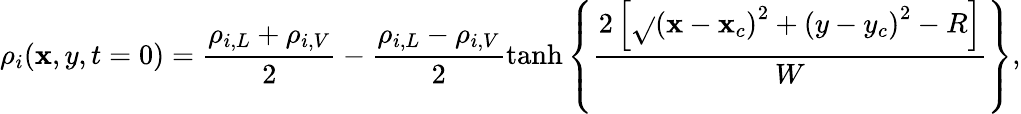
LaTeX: \rho_{i}(\mathbf{x},y,t=0)=\frac{{\rho_{i,L}+\rho_{i,V}}}{{2}}-\frac{{\rho_{i,L}-\rho_{i,V}}}{{2}}\operatorname{tanh}{\left\{ \frac{{2\left[\sqrt{}{{\left(\mathbf{x}-\mathbf{x}_{c}\right)^{2}+\left(y-y_{c}\right)^{2}}}-R\right]}}{{W}}\right\} },